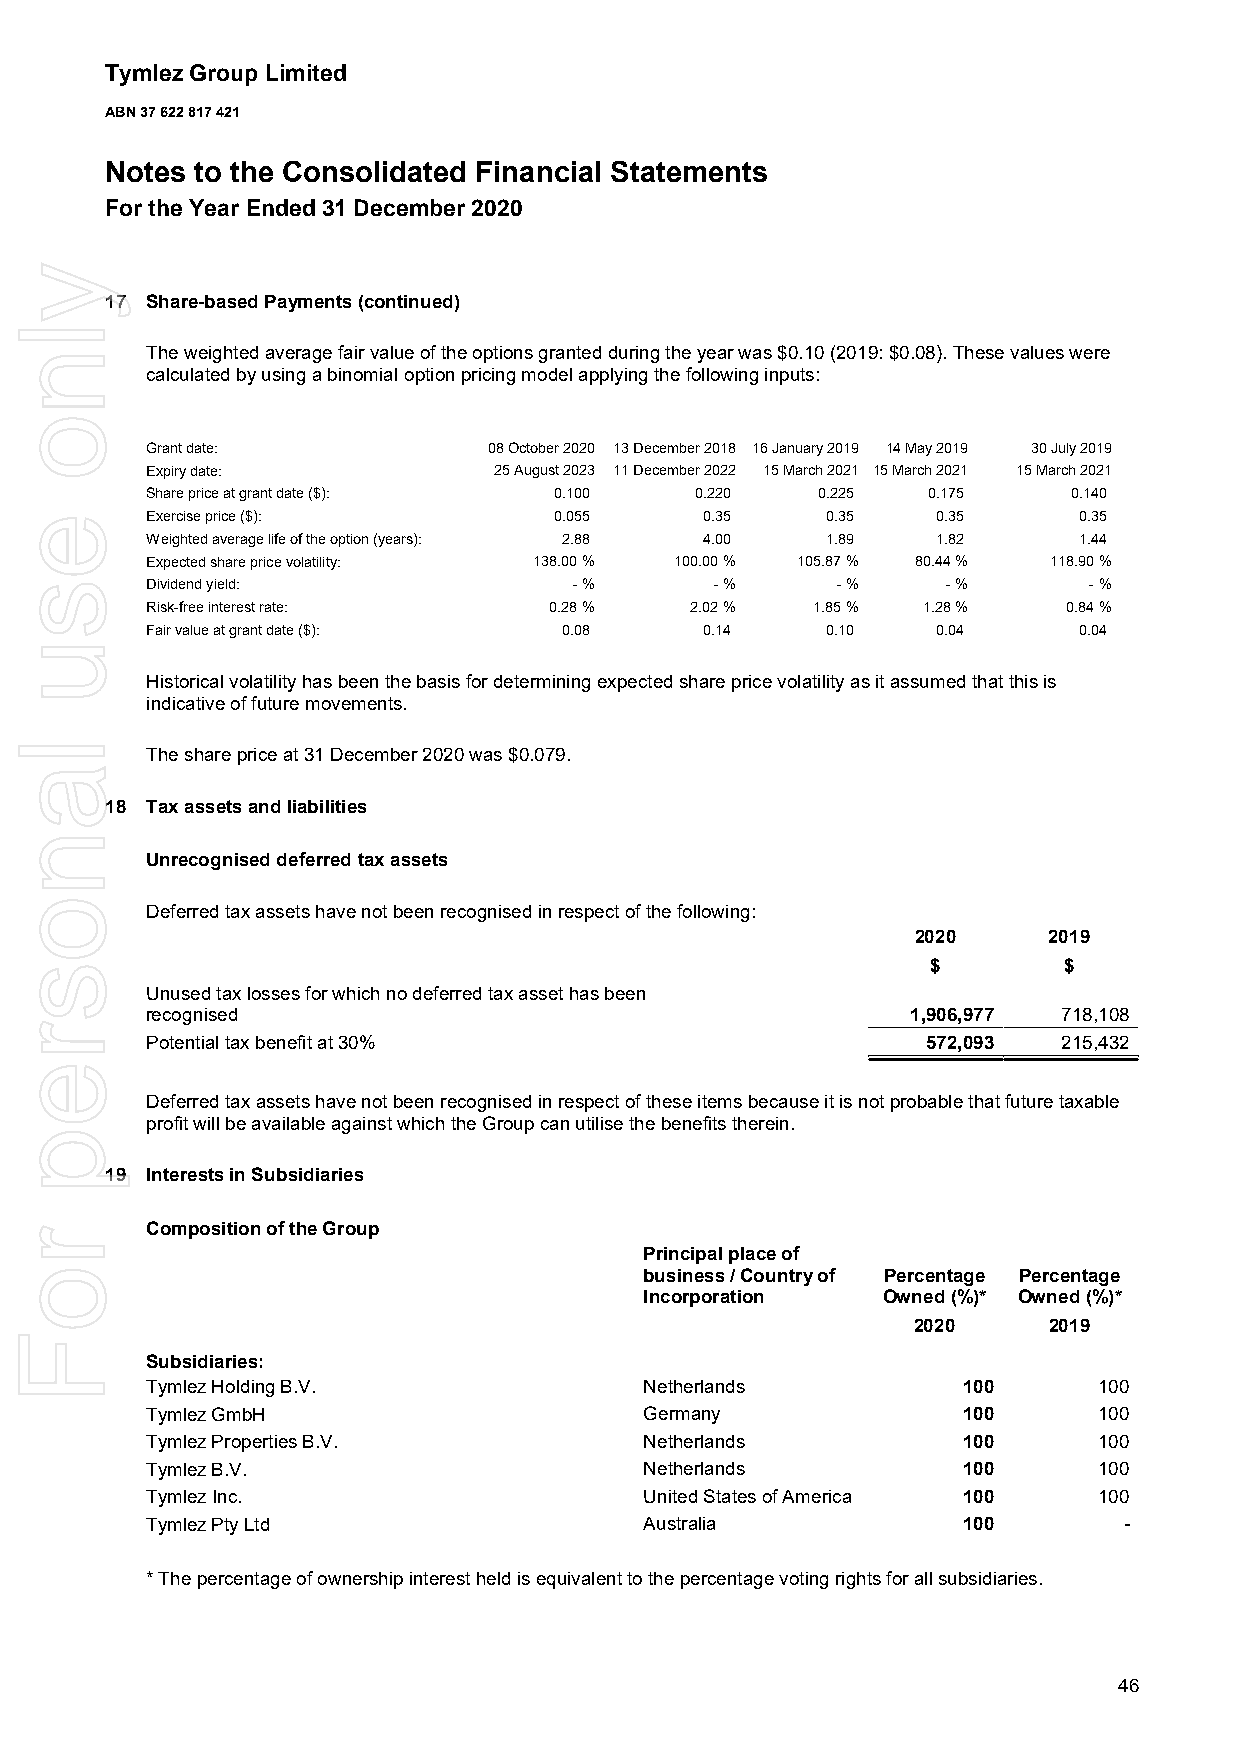
Tymlez Group Limited
 ABN 37 622 817 421
 Notes to the Consolidated Financial Statements
 For the Year Ended 31 December 2020
 17 Share-based Payments (continued)
 The weighted average fair value of the options granted during the year was $0.10 (2019: $0.08). These values were
 calculated by using a binomial option pricing model applying the following inputs:
 Grant date:           08 October 2020 13 December 2018 16 January 2019 14 May 2019 30 July 2019
 Expiry date:           25 August 2023 11 December 2022 15 March 2021 15 March 2021 15 March 2021
 Share price at grant date ($): 0.100 0.220  0.225  0.175     0.140
 Exercise price ($):        0.055     0.35    0.35   0.35     0.35
 Weighted average life of the option (years): 2.88 4.00 1.89 1.82 1.44
 Expected share price volatility: 138.00% 100.00% 105.87% 80.44% 118.90%
 Dividend yield:             -%       -%      -%      -%       -%
 Risk-free interest rate:  0.28%     2.02%   1.85%  1.28%     0.84%
 Fair value at grant date ($): 0.08   0.14    0.10   0.04     0.04
 Historical volatility has been the basis for determining expected share price volatility as it assumed that this is
 indicative of future movements.
 The share price at 31 December 2020 was $0.079.
 18 Tax assets and liabilities
 Unrecognised deferred tax assets
 Deferred tax assets have not been recognised in respect of the following:
 2020    2019
 $       $
 Unused tax losses for which no deferred tax asset has been
 recognised                                        1,906,977 718,108
 Potential tax benefit at 30%                       572,093  215,432
 Deferred tax assets have not been recognised in respect of these items because it is not probable that future taxable
 profit will be available against which the Group can utilise the benefits therein.
 19 Interests in Subsidiaries
 Composition of the Group
 Principal place of
 business / Country of Percentage Percentage
 Incorporation  Owned (%)* Owned (%)*
 2020     2019
 Subsidiaries:
 Tymlez Holding B.V.              Netherlands          100      100
 Tymlez GmbH                      Germany              100      100
 Tymlez Properties B.V.           Netherlands          100      100
 Tymlez B.V.                      Netherlands          100      100
 Tymlez Inc.                      United States of America 100  100
 Tymlez Pty Ltd                   Australia            100       -
 * The percentage of ownership interest held is equivalent to the percentage voting rights for all subsidiaries.
 46
 ylno
 esu
 lanosrep
 roF